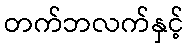
တက်ဘလက်နှင့်